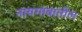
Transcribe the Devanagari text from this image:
नायगांवातील